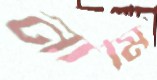
নামি